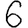
Digit: 6